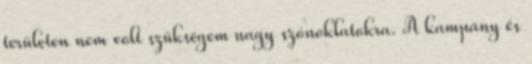
területen nem volt szükségem nagy szónoklatokra. A kampány és